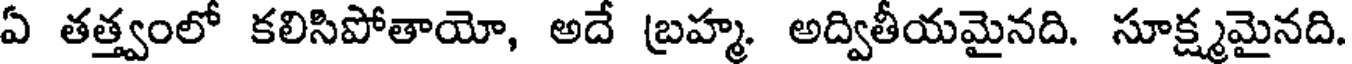
ఏ తత్త్వంలో కలిసిపోతాయో, అదే బ్రహ్మ. అద్వితీయమైనది. సూక్ష్మమైనది.